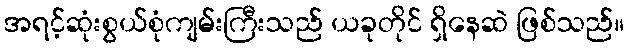
အရင့်ဆုံးစွယ်စုံကျမ်းကြီးသည် ယခုတိုင် ရှိနေဆဲ ဖြစ်သည်။